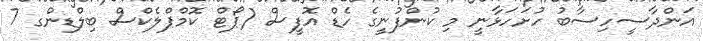
އަންދާސީހިސާބު ހުށަހަޅާނީ މި ކުންފުނީގެ ހެޑް އޮފީސް (ޕޯޓް ކޮމްޕްލެކްސް ބިލްޑިންގ 7